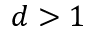
d > 1